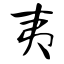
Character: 夷